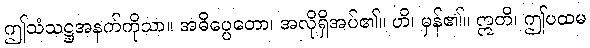
ဤသံသဋ္ဌအနက်ကိုသာ။ အဓိပ္ပေတော၊ အလိုရှိအပ်၏။ ဟိ၊ မှန်၏။ ဣတိ၊ ဤပထမ